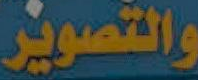
والتصوير